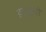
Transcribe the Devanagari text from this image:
झाडूलो